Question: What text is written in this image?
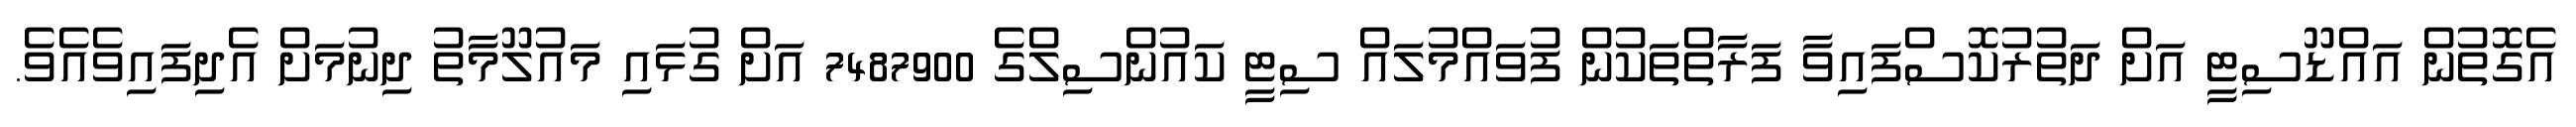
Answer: އެގޮތުން އައްޑޫސިޓީ އަށް ދަތުރުކޮސްފައިވާ ފަރާތްތަކުން ފުވައްމުލައް ސިޓީ ކައުންސިލްގެ 7487900 އަށް ގުޅައި މައުލޫމާތު ދިނުމަށް އެދިފައިވެއެވެ.